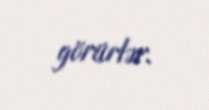
görürlər.